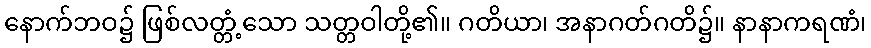
နောက်ဘဝ၌ ဖြစ်လတ္တံ့သော သတ္တဝါတို့၏။ ဂတိယာ၊ အနာဂတ်ဂတိ၌။ နာနာကရဏံ၊